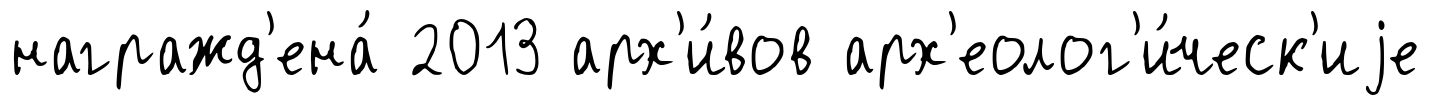
награжд'ена́ 2013 арх'и́вов арх'еолог'и́ческ'иjе